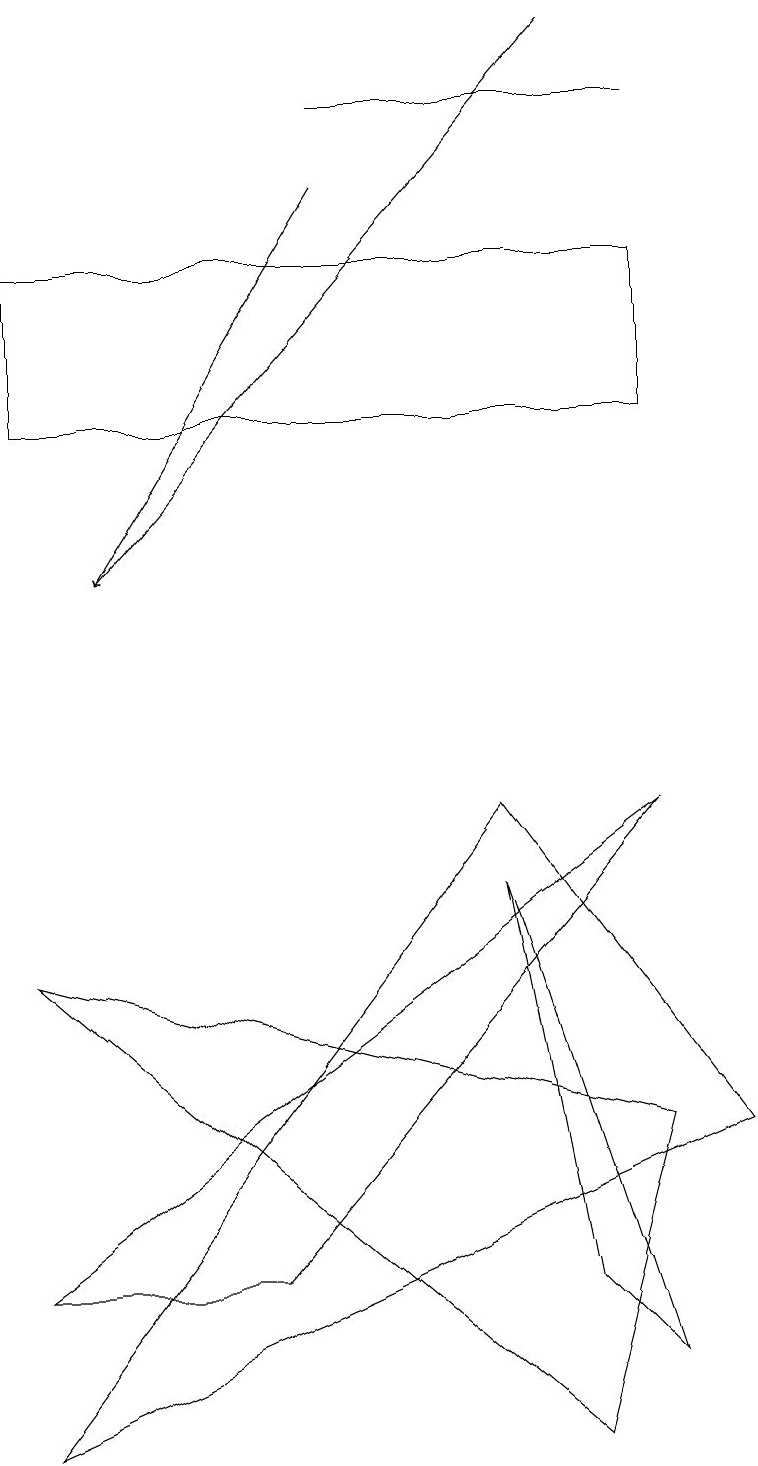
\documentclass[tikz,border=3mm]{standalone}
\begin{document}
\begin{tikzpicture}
\draw (8,5) -- (7,1) -- (0,7) -- cycle;
\draw (7,3) -- (8,2) -- (6,8) -- cycle;
\draw (3,3) -- (0,3) -- (8,9) -- cycle;
\draw (0,1) -- (6,9) -- (9,5) -- cycle;
\draw (0,14) rectangle (8,16);
\draw (8,18) rectangle (4,18);
\draw[->] (4,17) -- (1,12);
\draw[->] (7,19) -- (1,12);
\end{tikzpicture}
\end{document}